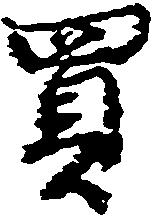
買